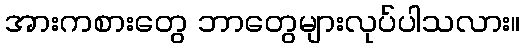
အားကစားတွေ ဘာတွေများလုပ်ပါသလား။